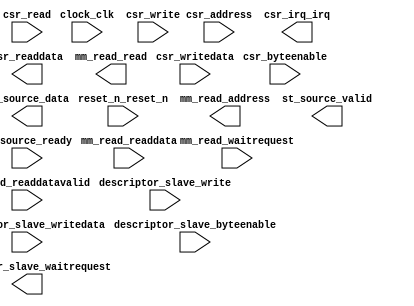
module KBandIPsubPro_KBandInput_2 (
		input  wire         clock_clk,                    //            clock.clk
		input  wire         reset_n_reset_n,              //          reset_n.reset_n
		input  wire [31:0]  csr_writedata,                //              csr.writedata
		input  wire         csr_write,                    //                 .write
		input  wire [3:0]   csr_byteenable,               //                 .byteenable
		output wire [31:0]  csr_readdata,                 //                 .readdata
		input  wire         csr_read,                     //                 .read
		input  wire [2:0]   csr_address,                  //                 .address
		input  wire         descriptor_slave_write,       // descriptor_slave.write
		output wire         descriptor_slave_waitrequest, //                 .waitrequest
		input  wire [127:0] descriptor_slave_writedata,   //                 .writedata
		input  wire [15:0]  descriptor_slave_byteenable,  //                 .byteenable
		output wire         csr_irq_irq,                  //          csr_irq.irq
		output wire [31:0]  mm_read_address,              //          mm_read.address
		output wire         mm_read_read,                 //                 .read
		input  wire [7:0]   mm_read_readdata,             //                 .readdata
		input  wire         mm_read_waitrequest,          //                 .waitrequest
		input  wire         mm_read_readdatavalid,        //                 .readdatavalid
		output wire [7:0]   st_source_data,               //        st_source.data
		output wire         st_source_valid,              //                 .valid
		input  wire         st_source_ready               //                 .ready
	);
endmodule